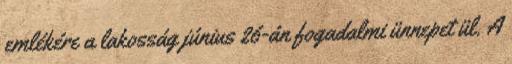
emlékére a lakosság június 26-án fogadalmi ünnepet ül. A